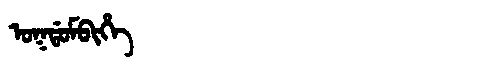
Manchu: ᠣᡴᡩᠣᠮᠪᡳᡥᡝ
Romanization: OKDOMBIHE